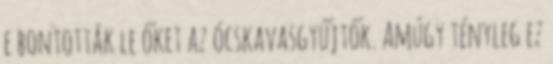
e bontották le őket az ócskavasgyűjtők. Amúgy tényleg ez